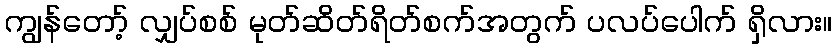
ကျွန်တော့် လျှပ်စစ် မုတ်ဆိတ်ရိတ်စက်အတွက် ပလပ်ပေါက် ရှိလား။